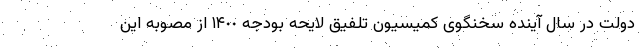
دولت در سال آینده سخنگوی کمیسیون تلفیق لایحه بودجه ١۴٠٠ از مصوبه این